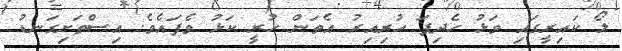
ލޯ ކައިރީގައި ވަޅު ހެދިފަ ހުރިއިރު އެތަން ހުރީ ކަޅު ވެފައެވެ. އިސްތަށިގަނޑު